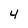
Character: 4